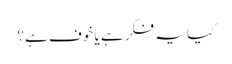
کیا یہ فکر ہے یا خوف ہے؟